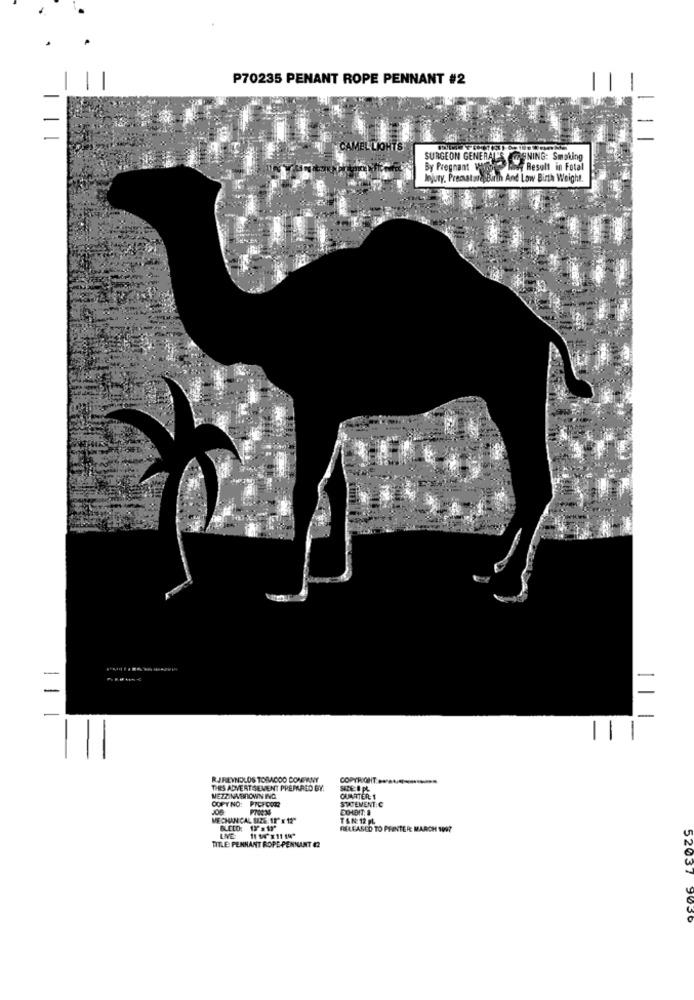
P70235 PENANT ROPE PENNANT #2
CAMEL LIGHTS
SURGEON GENERAL'S
SNING: Smoking
By Pregnant When the Result in Fotal
Injury, PrecatasesBirth And Low Birth Weight.
-
-
-
11
RJREYNOLDS TOBACOO DONEWNY
COPYRIGHT ............
THES ADVERTISEMENT PREPARED BY.
MEZZINABROWN ING.
COPY NO: PPCFOOR
QUNATER: 1
STATEMENT:C
P702:36
MECHANICAL SZE. 12" x 12"
TAN: 12 PL
RELEASED TO PRINTER: MARCH 1997
TITLE: PENNANT ROPE PENNANT 42
52037 9030